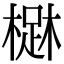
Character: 𣙳